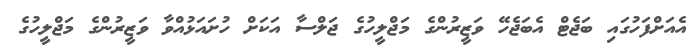
އެއަށްފަހުގައި ބަޖެޓް އެބަޖެހޭ ވަޒީރުންގެ މަޖްލީހުގެ ޖަލްސާ އަކަށް ހުށައަޅުއްވާ ވަޒީރުންގެ މަޖްލީހުގެ